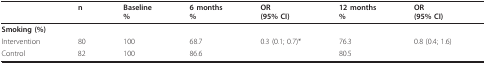
|  | n | Baseline% | 6 months% | OR(95% CI) | 12 months% | OR(95% CI) |
 | --- | --- | --- | --- | --- | --- | --- |
 | <COLSPAN=7> Smoking (%) |
 | Intervention | 80 | 100 | 68.7 | 0.3 (0.1; 0.7)* | 76.3 | 0.8 (0.4; 1.6) |
 | Control | 82 | 100 | 86.6 |  | 80.5 |  |